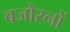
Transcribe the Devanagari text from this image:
बजोरनों